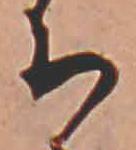
ち